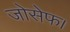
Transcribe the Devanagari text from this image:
जोसेफ।